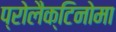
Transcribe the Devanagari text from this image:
प्रोलैक्टिनोमा